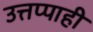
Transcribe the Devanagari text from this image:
उत्तप्पाही